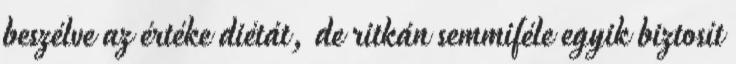
beszélve az értéke diétát, de ritkán semmiféle egyik biztosít